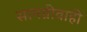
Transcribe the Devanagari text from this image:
सामग्रीवाही